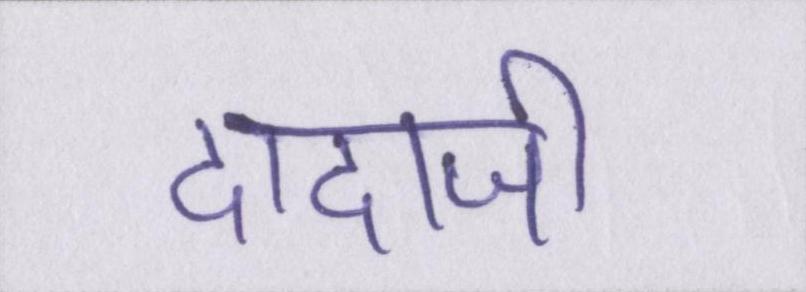
दादाजी